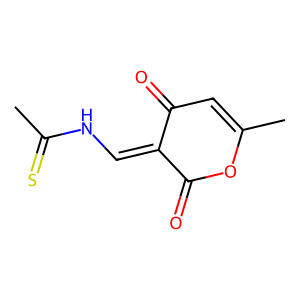
SMILES: CC(=S)NC=C1C(=O)C=C(C)OC1=O
Inhibits HIV replication: No